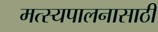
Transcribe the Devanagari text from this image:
मत्‍स्यपालनासाठी